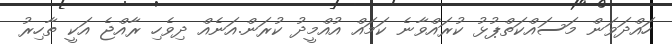
ހައްދަވަން މަސައްކަތްޕުޅު ކުރައްވާނެ ކަމައް އުއްމީދު ކުރަން.އަނެއް ދިވެހި ރާއްޖެ އަކީ ތާހިރު